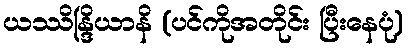
ယဿိန္ဒြိယာနိ (ပင်ကိုအတိုင်း ပြီးနေပုံ)